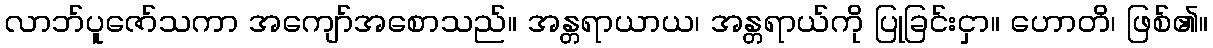
လာဘ်ပူဇော်သကာ အကျော်အစောသည်။ အန္တရာယာယ၊ အန္တရာယ်ကို ပြုခြင်းငှာ။ ဟောတိ၊ ဖြစ်၏။